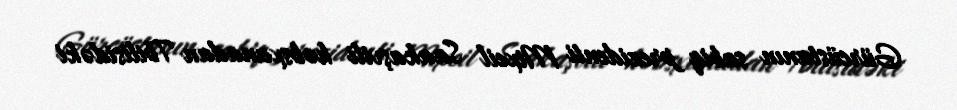
Gürcüstanın sabiq prezidenti Mixeil Saakaşvili həbsxanadan Tbilisidəki